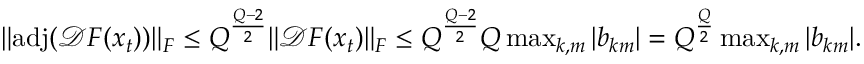
\begin{array} { r } { \| \mathrm { a d j } ( \mathcal { D } \boldsymbol { F } ( \boldsymbol { x } _ { t } ) ) \| _ { F } \le Q ^ { \frac { Q - 2 } { 2 } } \| \mathcal { D } \boldsymbol { F } ( \boldsymbol { x } _ { t } ) \| _ { F } \le Q ^ { \frac { Q - 2 } { 2 } } Q \operatorname* { m a x } _ { k , m } | b _ { k m } | = Q ^ { \frac { Q } { 2 } } \operatorname* { m a x } _ { k , m } | b _ { k m } | . } \end{array}